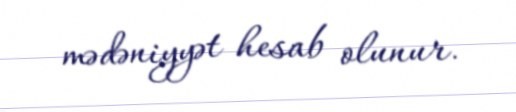
mədəniyyət hesab olunur.